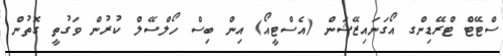
ސްޓޭޓް ޓްރޭޑިންގ އޯގަނައިޒޭޝަން (އެސްޓީއޯ) އިން ބިސް ހޯލްސޭލް ކުރުން ވަގުތީ ގޮތުން